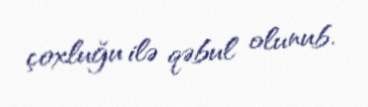
çoxluğu ilə qəbul olunub.